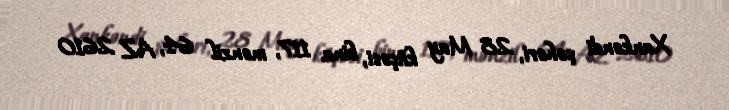
Xankəndi şəhəri, 28 May küçəsi, bina 117, mənzil 64, AZ 2610